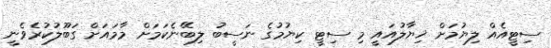
ސިޓީއެއް ލިޔުމަށް ޚިޔާލުއައީ މި ސިޓީ ކިޔުމުގެ ނަސީބު ލިބޭނެކަމަށް މާމައަށް ގަބޫލުކުރެވެނީ